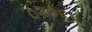
૦૨૭૬૫